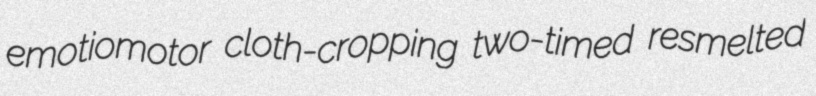
emotiomotor cloth-cropping two-timed resmelted